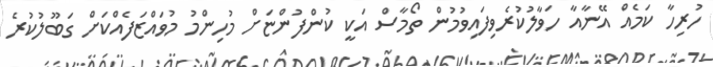
ހުރިހާ ކަމެއް އޭނާއާ ހަވާލުކުރެވިފައިވުމުން ތޯމާސް އަކީ ކުންފުންޏަށް މުހިންމު މުވައްޒަފެއްކަށް ގަބޫލުކުރެ